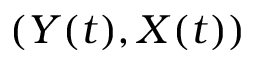
( Y ( t ) , X ( t ) )